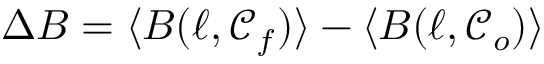
\Delta B = \langle B ( \ell , \mathcal { C } _ { f } ) \rangle - \langle B ( \ell , \mathcal { C } _ { o } ) \rangle